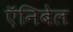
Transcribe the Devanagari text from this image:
ऍनिबेल